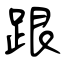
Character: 跟